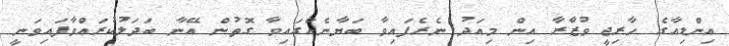
އިންޑިއާގެ ހާރިޖީ ވުޒާެރާ އިން މިއަދު ނެރެފައިވާ ބަޔާނެއްގައިވާ ގޮތުން އޭނާ ބަދަލުކުރައްވާފައިވަނީ